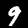
Digit: 9